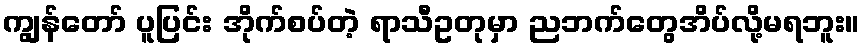
ကျွန်တော် ပူပြင်း အိုက်စပ်တဲ့ ရာသီဥတုမှာ ညဘက်တွေအိပ်လို့မရဘူး။